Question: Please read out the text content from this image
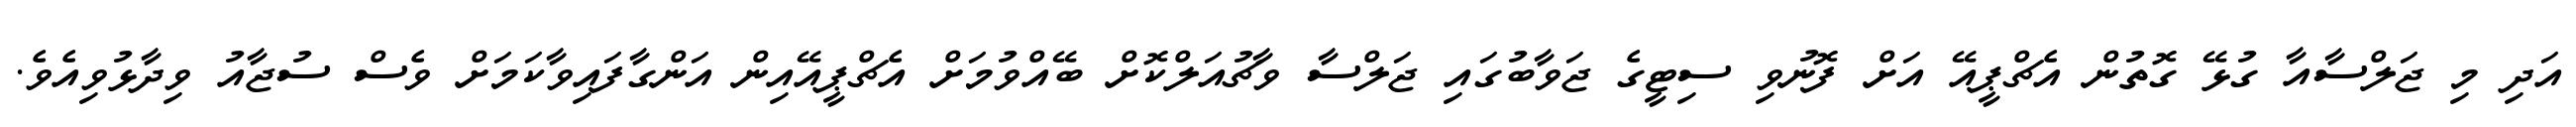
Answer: އަދި މި ޖަލްސާއާ ގުޅޭ ގޮތުން އެޗްޕީއޭ އަށް ފޮނުވި ސިޓީގެ ޖަވާބުގައި ޖަލްސާ ވާޗުއަލްކޮށް ބޭއްވުމަށް އެޗްޕީއޭއިން އަންގާފައިވާކަމަށް ވެސް ސުޖާއު ވިދާޅުވިއެވެ.